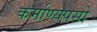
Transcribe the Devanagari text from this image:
कर्माण्यपसो